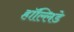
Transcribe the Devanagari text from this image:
हॉल्लिडे